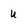
Character: u